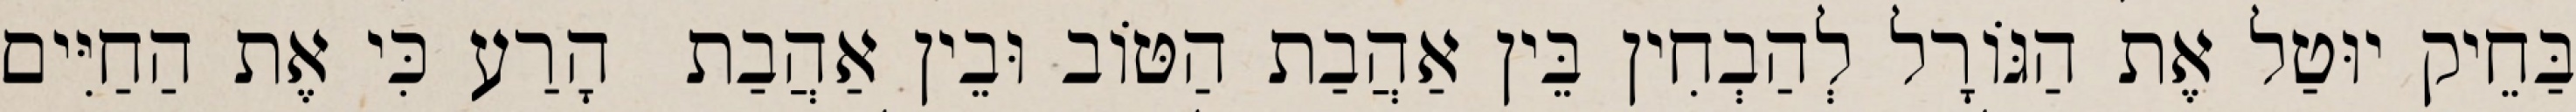
בַּחֵיק יוּטַל אֶת הַגּוֹרָל לְהַבְחִין בֵּין אַהֲבַת הַטּוֹב וּבֵין אַהֲבַת  הָרַע כִּי אֶת הַחַיִּים